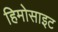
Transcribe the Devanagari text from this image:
हिमोसाइट